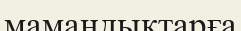
мамандықтарға